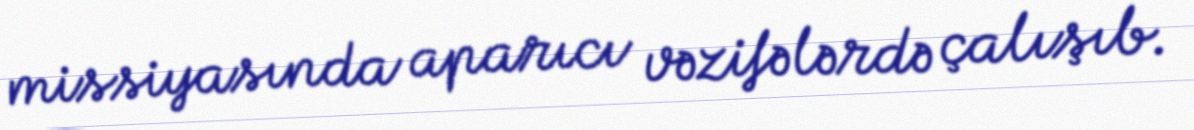
missiyasında aparıcı vəzifələrdə çalışıb.